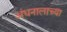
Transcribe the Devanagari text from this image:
अंधनालाच्या